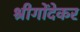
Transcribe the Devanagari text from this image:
श्रीगोंदेकर